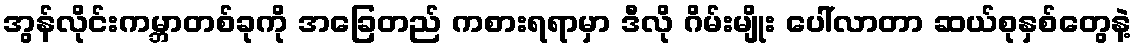
အွန်လိုင်းကမ္ဘာတစ်ခုကို အခြေတည် ကစားရရာမှာ ဒီလို ဂိမ်းမျိုး ပေါ်လာတာ ဆယ်စုနှစ်တွေနဲ့